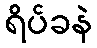
ရိပ်ခနဲ